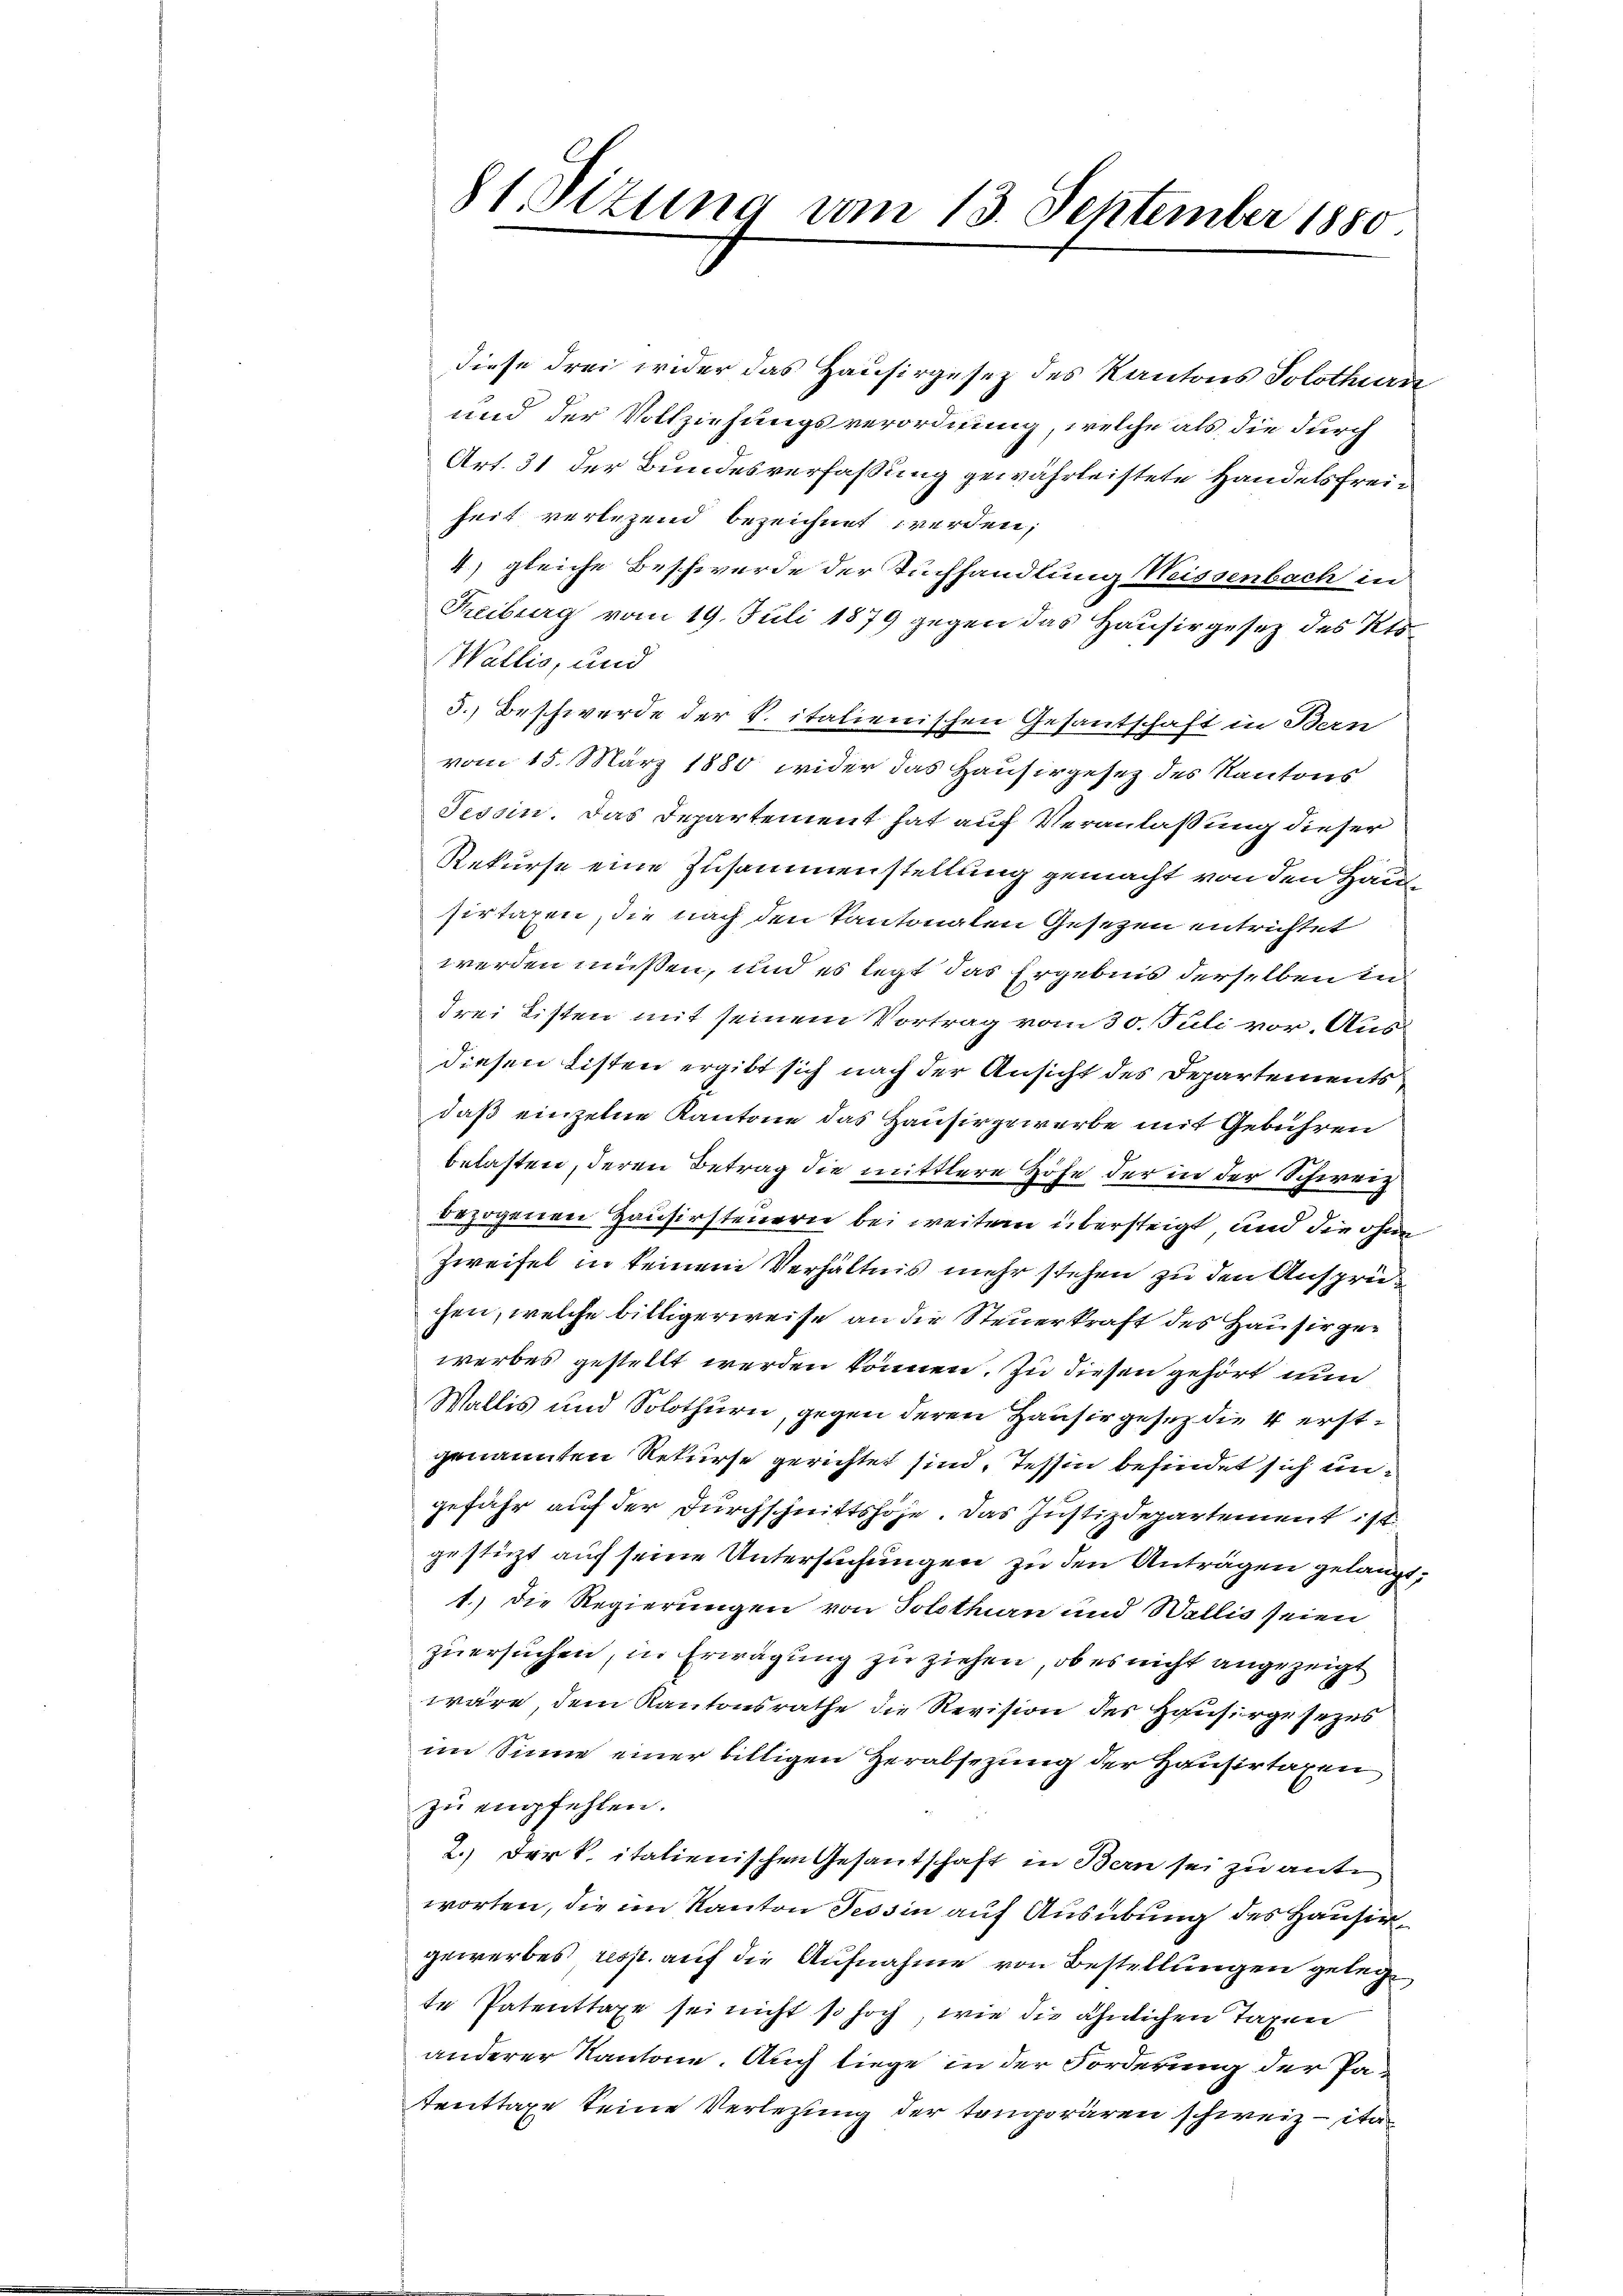
81 Sizung vom 13. September 1880

diese drei wider das Hausirgesez des Kantons Solothurn
und der Vollziehungsverordnung, welche als die durch
Art. 31 der Bundesverfassung gewährleistete Handelsfreiheit verlesend bezeichnet werden;
4) gleiche Beschwerde der Tuchhandlung Weissenbach in
Treiburg vom 19. Juli 1879 gegen das Hausirgesetz des Kts.
Wallis, und
3.) Beschwerde der S. italienischen Gesantschaft in Bern
vom 15. März 1880 wider das Hausirgesetz des Kantons
Tessin. Das Departement hat auf Veranlaßung dieser
Rekurse eine Zusammenstellung gemacht von den Hausertagen, die nach den Kantonalen Gesezen entrichtet
werden müssen, und es legt das Ergebnis derselben in
drei Listen mit seinem Vortrag vom 30. Juli vor. Aus
diesen Listen ergibt sich nach der Ansicht des Departements
daß einzelne Kantone das Hausirgewerbe mit Gebühren
belasten, deren Betrag die mittlere Höfe der in der Schweiz
bezogenen Hausirsteuern bei weitem übersteigt, und die ohne
Zweifel in keinem Verhältnis mehr stehen zu den Ansprüchen, welche billigerweise an die Steuerkraft des Hauser gewerbes gestellt werden können. Zu diesen gehört nun
Wallis und Solothurn, gegen deren Hauser gesez die 4 erstgenannten Rekurse gerichtet sind, Tessin befindet sich ungefähr auf der Durchschnittshöhe. Das Justizdepartement ist
gestüzt auf seine Untersuchungen zu den Anträgen gelangt,
1.) Die Regierungen von Solothurn und Wallis seien
zuersuchen, in Erwägung zu ziehen, ob es nicht angezeigt
wäre dem Kantonsrathe die Revision des Hausirgesezes
im Sinne einer billigen Herabsezung der Hausertaxen
zŭ empfehlen.
2.) Der P. italienischen Gesantschaft in Bern sei zu ante
worten, die im Kanton Tessin auf Ausübung des Hausirgewerbes resp. auf die Aufnahme von Bestellungen gelegte Patenttaxe sei nicht so hoch, wie die ähnlichen Taxen
anderer Kantone. Auch liege in der Forderung der Patmittage keine Verletzung der temporären schweiz - ita